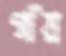
গাঁয়